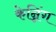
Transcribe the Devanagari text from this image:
केन्निंग